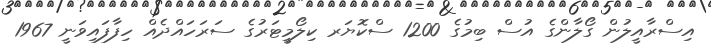
އިސްރާއީލުން ގޯލާންގެ އުސް ބިމުގެ 1200 ސްކޮޔަރ ކިލޯމީޓަރުގެ ސަރަހައްދެއް ހިފާފައިވަނީ 1967